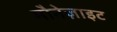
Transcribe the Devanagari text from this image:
मौनेज़ाइट